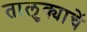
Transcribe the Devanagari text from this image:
तालुक्याचें